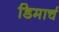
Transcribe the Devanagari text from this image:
डिमार्च